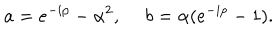
LaTeX: a = e ^ { - i p } - \alpha ^ { 2 } , ~ ~ b = \alpha ( e ^ { - i p } - 1 ) .